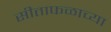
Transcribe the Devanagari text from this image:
सीताफळाच्या